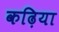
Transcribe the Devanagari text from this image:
कढ़िया